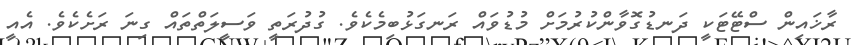
ރާޚައިން ސްޓޭޓަކީ ދަނޑުގޮވާންކުރުމަށް މުޑުވައް ރަނގަޅުބިމެކެވެ. ގުދުރަތީ ވަސީލަތްތައް ގިނަ ރަށެކެވެ. އެއީ